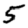
Digit: 5